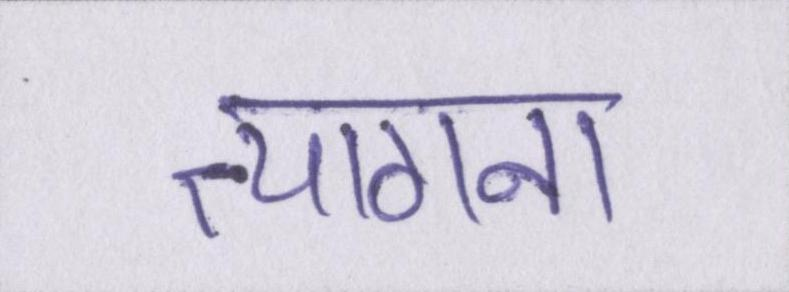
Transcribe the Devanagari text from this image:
त्यागना